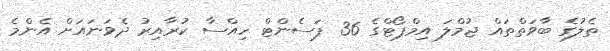
ތެލުގެ ބާވަތްތައް ޖުމްލަ އިމްޕޯޓްގެ 36 ޕަސެންޓް ހިއްސާ ކުރާއިރު ދެވަނައަށް އެންމެ